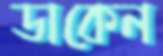
ডাকেন